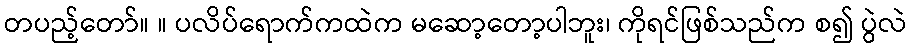
တပည့်တော်။ ။ ပလိပ်ရောက်ကထဲက မဆော့တော့ပါဘူး၊ ကိုရင်ဖြစ်သည်က စ၍ ပွဲလဲ